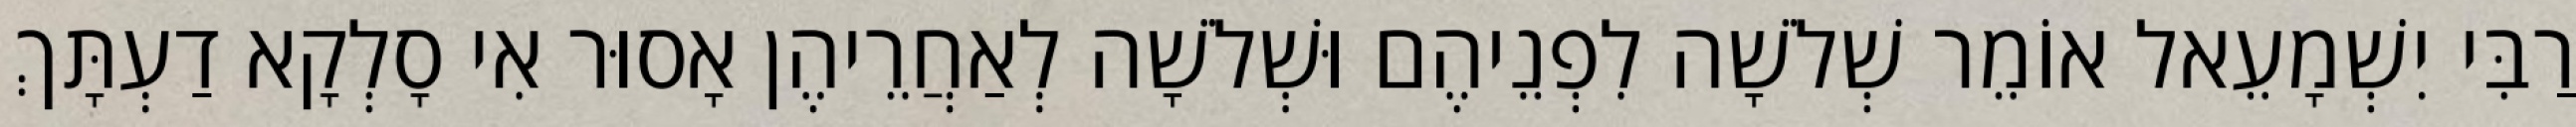
רַבִּי יִשְׁמָעֵאל אוֹמֵר שְׁלֹשָׁה לִפְנֵיהֶם וּשְׁלֹשָׁה לְאַחֲרֵיהֶן אָסוּר אִי סָלְקָא דַעְתָּךְ